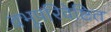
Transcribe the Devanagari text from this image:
वभूपरिवेष्टित